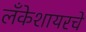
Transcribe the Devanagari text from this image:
लँकेशायरचे